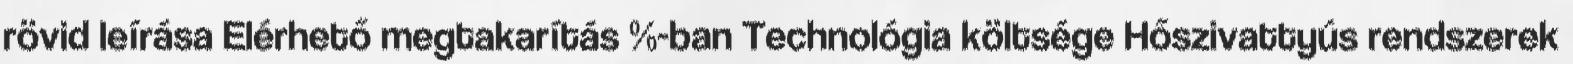
rövid leírása Elérhető megtakarítás %-ban Technológia költsége Hőszivattyús rendszerek